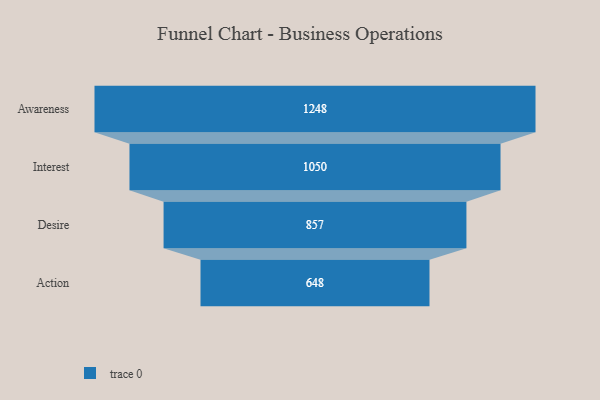
{"axis": {"x": "Stage", "y": "Value"}, "legend": [""], "data": [{"x": "Awareness", "y": 1248.0, "type": ""}, {"x": "Interest", "y": 1050.0, "type": ""}, {"x": "Desire", "y": 857.0, "type": ""}, {"x": "Action", "y": 648.0, "type": ""}]}